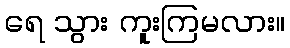
ရေ သွား ကူးကြမလား။